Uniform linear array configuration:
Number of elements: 16
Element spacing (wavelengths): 0.25
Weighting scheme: exponential
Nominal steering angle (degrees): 0
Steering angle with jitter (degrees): -1.56
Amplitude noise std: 0.05
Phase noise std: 0.05

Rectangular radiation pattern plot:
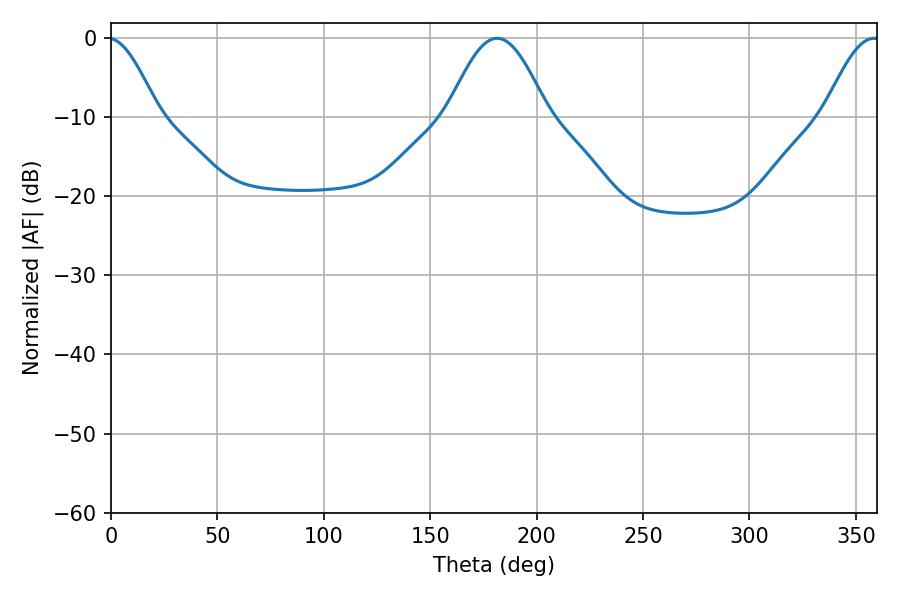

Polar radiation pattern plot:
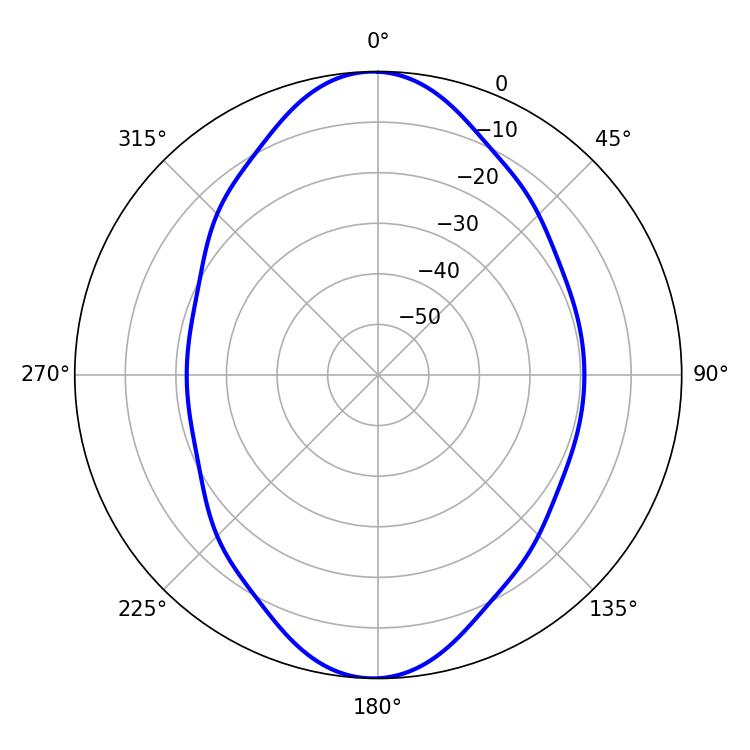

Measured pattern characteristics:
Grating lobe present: FALSE
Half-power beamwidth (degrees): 25.2
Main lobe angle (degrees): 181.44